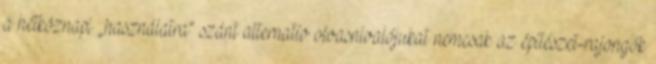
a hétköznapi „használatra” szánt alternatív olvasnivalójukat nemcsak az építészet-rajongók